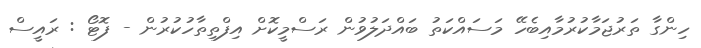
ހިންގާ ތަރުޖަމާކުރުމާއިބެހޭ މަސައްކަތު ބައްދަލުވުން ރަސްމީކޮށް އިފްތިތާހުކުރުން - ފޮޓޯ : ރައީސް